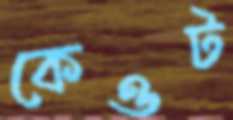
কেওট